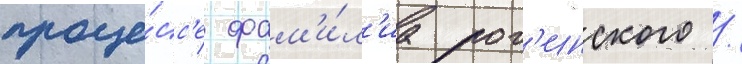
проце́сс'е фам'и́л'иа рог'инского /